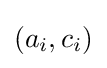
(a_{i},c_{i})